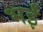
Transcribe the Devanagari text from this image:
भईं